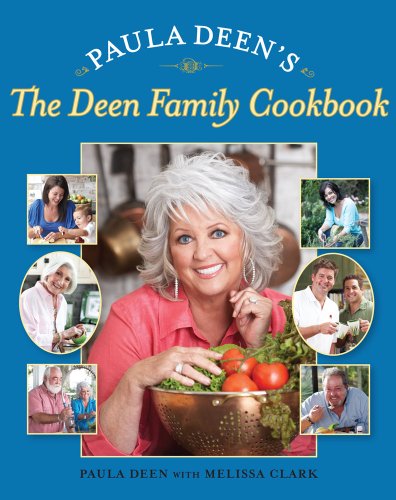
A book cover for Paula Deen's The Deen Family Cookbook; Paula Deen; Cookbooks, Food & Wine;